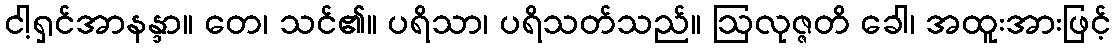
ငါ့ရှင်အာနန္ဒာ။ တေ၊ သင်၏။ ပရိသာ၊ ပရိသတ်သည်။ ဩလုဇ္ဇတိ ခေါ၊ အထူးအားဖြင့်